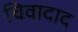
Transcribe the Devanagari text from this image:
चिवादाद